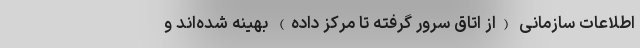
اطلاعات سازمانی (از اتاق سرور گرفته تا مرکز داده) بهینه شده‌اند و